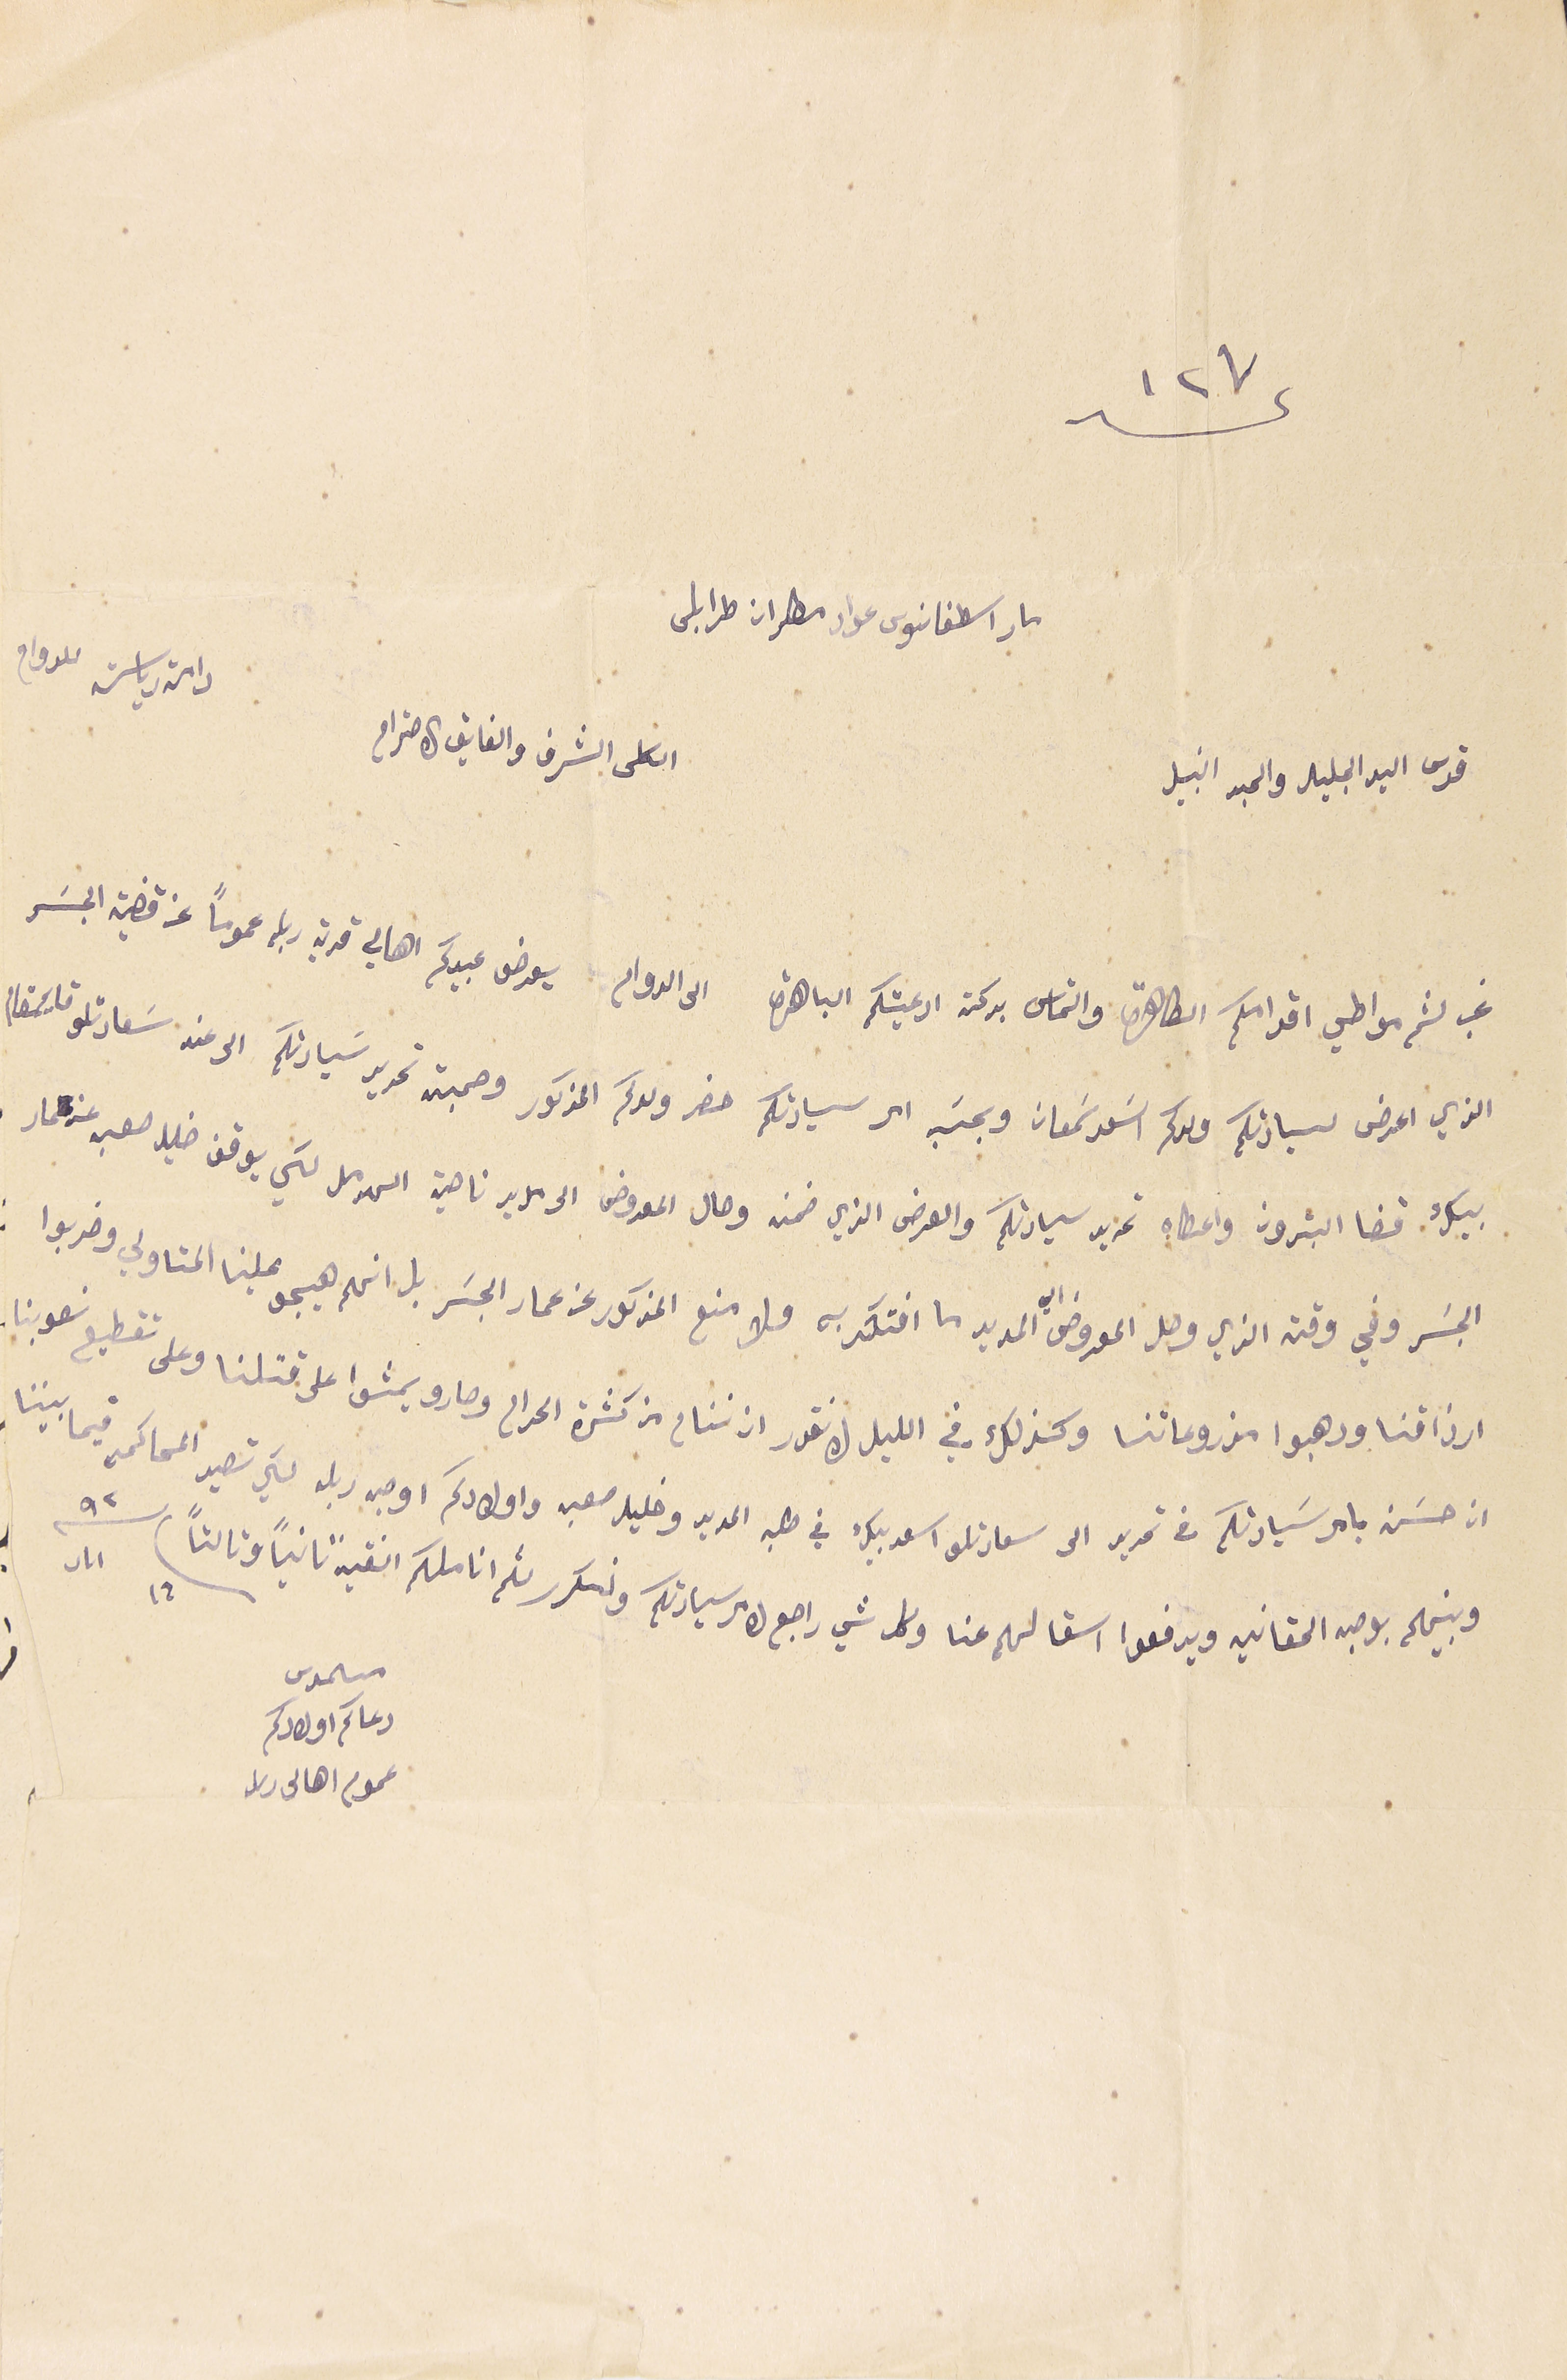
عدد ١٢٧
 مار اسطفانوس عواد مطران طرابلس
 الكلى الشرف والفايق الاحترام دامة رياسته للدوام
غب لثم مواطي اقدامكم الطاهرة والتماس بركة ادعيتكم الباهرة الى الدوام، يعرض عبيدكم اهالي قرية ربله عموماً عن قضية الجسَر
الذي اعرض لسيادتكم ولدكم اسَعد سَمعان وبحسَب امر سيادتكم حضر ولدكم المذكور وحجته تحرير سَيادتكم الى عند سَعادتلو قايمقام
 بيك قضا البترون واعطاه تحرير سيادتكم والعرض الذي ضمنه وحال المعروض الى مدير ناحية الهرمل لكي يوقف خليل صعب عن عمار
الجسَر وفي وقت الذي وصل المعروض الي المدير ما افتكر به ولا منع المذكور عن عمار الجسَر بل انهم هيجو علينا المتاولي وضربوا
ارزاقنا ورهبوا مزروعاتنا وكذلك في الليل لا نقدر ان ننام من كثرة الحرام وصارو يمشوا على قتلنا وعلى تقطيع نصوبنا
ان حسَن بامر سَيادتكم في تحرير الى سعادتلو اسعد بيك في طلبه المدير وخليل صعب واولادكم اوجه ربله لكي تصير المحاكم فيما بيننا
وبينحكم بوجه الحقانين ويرفعوا اسقالهم عنا وكل شي راجع لامر سيادتكم ونكرر لثم اناملكم النقيه ثانياً وثالثاً ١٦ اىار ٩٢
مسىموس دعاكم اولادكم
عموم اهالى ربله
قدس السيد الجليل والحبر النبيل